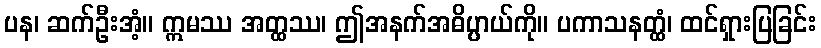
ပန၊ ဆက်ဦးအံ့။ ဣမဿ အတ္ထဿ၊ ဤအနက်အဓိပ္ပာယ်ကို။ ပကာသနတ္ထံ၊ ထင်ရှားပြခြင်း